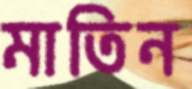
মাতিন